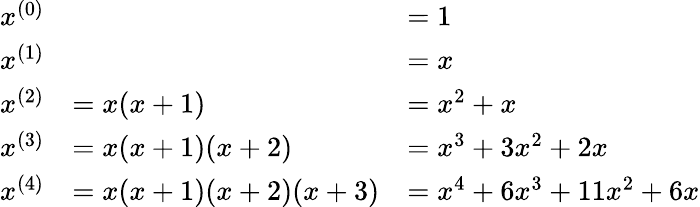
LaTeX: {\begin{array}{rll}{x^{(0)}}&&{=1}\\ {x^{(1)}}&&{=x}\\ {x^{(2)}}&{=x(x+1)}&{=x^{2}+x}\\ {x^{(3)}}&{=x(x+1)(x+2)}&{=x^{3}+3x^{2}+2x}\\ {x^{(4)}}&{=x(x+1)(x+2)(x+3)}&{=x^{4}+6x^{3}+11x^{2}+6x}\end{array}}